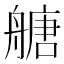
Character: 𦪀